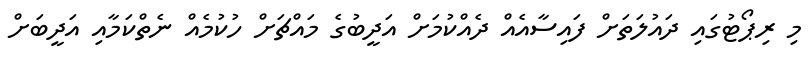
މި ރިޕޯޓުގައި ދައުލަތަށް ފައިސާއެއް ދެއްކުމަށް އަދީބުގެ މައްޗަށް ހުކުމެއް ނެތްކަމާއި އަދީބަށް